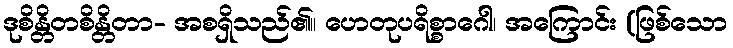
ဒုစိန္တိတစိန္တိတာ- အစရှိသည်၏။ ဟေတုပရိစ္စာဂေါ၊ အကြောင်း (ဖြစ်သော